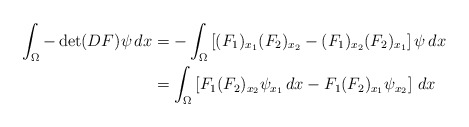
\begin{align*}\int_\Omega-\det(DF )\psi\,dx &= -\int_\Omega \left[( F _1)_{x_1}(F _2)_{x_2} - (F _1)_{x_2}(F _2)_{x_1}\right]\psi \,dx\\&=\int_\Omega \left[ F _1(F _2)_{x_2}\psi_{x_1}\,dx -F _1( F _2)_{x_1}\psi_{x_2}\right]\,dx \end{align*}